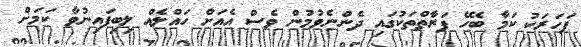
ފަހަރަކު ކަމާ ބެހޭ ފަރާތްތަކުގައި ދެންނެވުމުން ވެސް އެއަށް ހައްލެއް ލިބިފައިނުވާ ކަމަށް